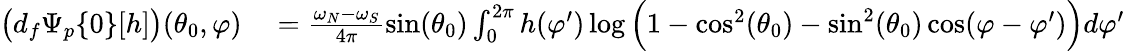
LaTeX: \begin{array}{rl}{\big(d_{f}\Psi_{p}\{ 0\} [h]\big)(\theta_{0},\varphi)}&{{}=\frac{\omega_{N}-\omega_{S}}{4\pi}\sin(\theta_{0})\int_{0}^{2\pi}h(\varphi^{\prime})\log\Big(1-\cos^{2}(\theta_{0})-\sin^{2}(\theta_{0})\cos(\varphi-\varphi^{\prime})\Big)d\varphi^{\prime}}\end{array}